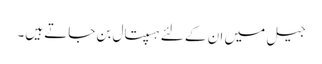
جیل میں ان کے لئے ہسپتال بن جاتے ہیں۔